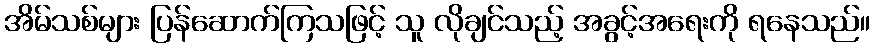
အိမ်သစ်များ ပြန်ဆောက်ကြသဖြင့် သူ လိုချင်သည့် အခွင့်အရေးကို ရနေသည်။